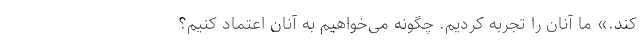
کند.» ما آنان را تجربه کردیم. چگونه می‌خواهیم به آنان اعتماد کنیم؟